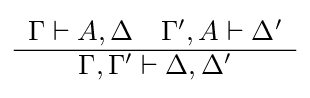
{\begin{array}{c}\Gamma \vdash A,\Delta \quad \Gamma ',A\vdash \Delta '\\\hline \Gamma ,\Gamma '\vdash \Delta ,\Delta '\end{array}}